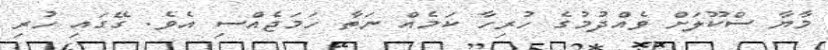
މާޔާ ސްކޫލަށް ވެއްދުމުގެ ހުރިހާ ކަމެއް ނަތާ ހަމަޖެއްސި އެވެ. ގޭގައި ހުރި